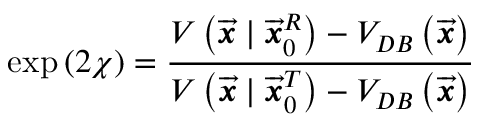
\exp \left( 2 \chi \right) = \frac { V \left( \overrightarrow { \mathbfit { x } } \mid \overrightarrow { \mathbfit { x } } _ { 0 } ^ { R } \right) - V _ { D B } \left( \overrightarrow { \mathbfit { x } } \right) } { V \left( \overrightarrow { \mathbfit { x } } \mid \overrightarrow { \mathbfit { x } } _ { 0 } ^ { T } \right) - V _ { D B } \left( \overrightarrow { \mathbfit { x } } \right) }